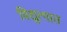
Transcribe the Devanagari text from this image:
विद्युत्पात